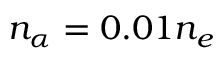
n _ { \alpha } = 0 . 0 1 n _ { e }